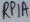
Text: RP1A